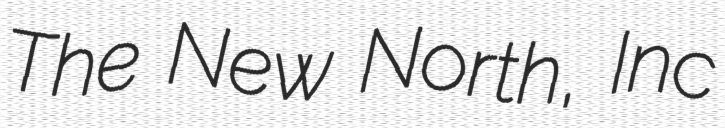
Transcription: The New North, Inc